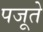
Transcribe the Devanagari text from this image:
पजूते